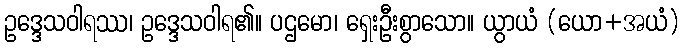
ဥဒ္ဒေသဝါရဿ၊ ဥဒ္ဒေသဝါရ၏။ ပဌမော၊ ရှေးဦးစွာသော။ ယွာယံ (ယော+အယံ)